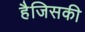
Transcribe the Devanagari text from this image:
हैजिसकी